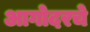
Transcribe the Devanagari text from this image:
आगोदरचे